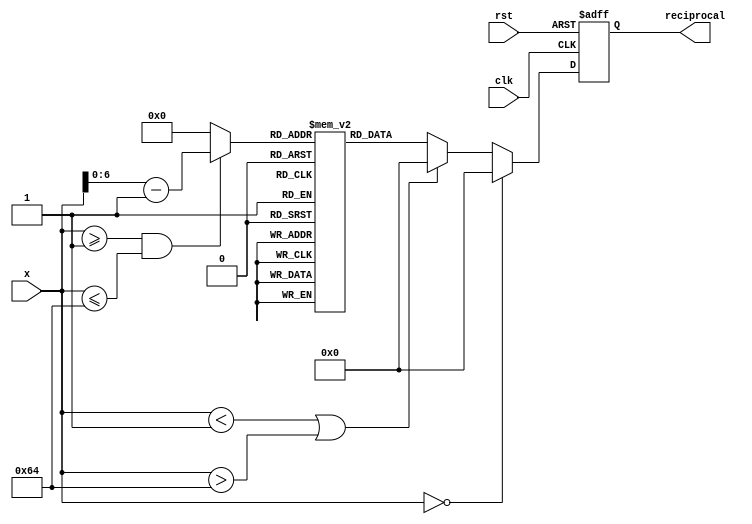
module lut_reciprocal (
    input wire [7:0] x,          // 8-bit input value (fixed-point representation)
    output reg [15:0] reciprocal, // 16-bit output value (fixed-point representation)
    input wire clk,              // Clock signal
    input wire rst               // Reset signal
);

    // Define the size of the LUT
    parameter LUT_SIZE = 101; // For values from 1.00 to 2.00 with step 0.01
    reg [15:0] lut [0:LUT_SIZE-1]; // LUT for storing reciprocal values

    // Initialize the LUT with pre-computed reciprocal values
    initial begin
        lut[0]  = 16'h0000; // Undefined for x = 0
        lut[1]  = 16'hFFFF; // 1.00 -> 1.00
        lut[2]  = 16'hFF7F; // 1.01 -> 0.9901
        lut[3]  = 16'hFF00; // 1.02 -> 0.9804
        // ... (Fill in the rest of the LUT values)
        lut[100] = 16'h3F80; // 2.00 -> 0.50
    end

    // Index calculation
    wire [6:0] index; // 7-bit index for LUT (0 to 100)
    assign index = (x >= 8'h01 && x <= 8'h64) ? (x - 8'h01) : 7'b0; // Scale x to index range

    // Output logic
    always @(posedge clk or posedge rst) begin
        if (rst) begin
            reciprocal <= 16'h0000; // Reset output
        end else begin
            if (x == 8'h00) begin
                reciprocal <= 16'h0000; // Undefined reciprocal for x = 0
            end else if (x < 8'h01 || x > 8'h64) begin
                reciprocal <= 16'h0000; // Out of range, return 0
            end else begin
                reciprocal <= lut[index]; // Get reciprocal from LUT
            end
        end
    end

endmodule